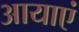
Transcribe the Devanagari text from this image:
आयाएं